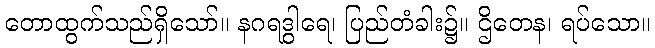
တောထွက်သည်ရှိသော်။ နဂရဒွါရေ၊ ပြည်တံခါး၌။ ဌိတေန၊ ရပ်သော။